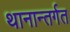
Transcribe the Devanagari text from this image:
थानान्तर्गत